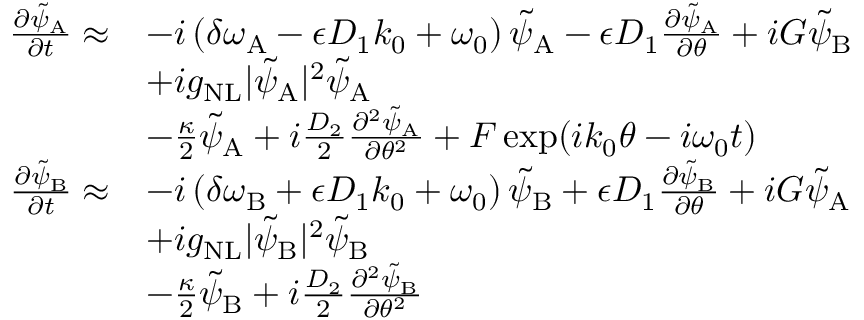
\begin{array} { r l } { \frac { \partial \tilde { \psi } _ { \mathrm { A } } } { \partial t } \approx } & { - i \left( \delta \omega _ { \mathrm { A } } - \epsilon D _ { 1 } k _ { 0 } + \omega _ { 0 } \right) \tilde { \psi } _ { \mathrm { A } } - \epsilon D _ { 1 } \frac { \partial \tilde { \psi } _ { \mathrm { A } } } { \partial \theta } + i G \tilde { \psi } _ { \mathrm { B } } } \\ & { + i g _ { \mathrm { N L } } \vert \tilde { \psi } _ { \mathrm { A } } \vert ^ { 2 } \tilde { \psi } _ { \mathrm { A } } } \\ & { - \frac { \kappa } { 2 } \tilde { \psi } _ { \mathrm { A } } + i \frac { D _ { 2 } } { 2 } \frac { \partial ^ { 2 } \tilde { \psi } _ { \mathrm { A } } } { \partial \theta ^ { 2 } } + F \exp ( i k _ { 0 } \theta - i \omega _ { 0 } t ) } \\ { \frac { \partial \tilde { \psi } _ { \mathrm { B } } } { \partial t } \approx } & { - i \left( \delta \omega _ { \mathrm { B } } + \epsilon D _ { 1 } k _ { 0 } + \omega _ { 0 } \right) \tilde { \psi } _ { \mathrm { B } } + \epsilon D _ { 1 } \frac { \partial \tilde { \psi } _ { \mathrm { B } } } { \partial \theta } + i G \tilde { \psi } _ { \mathrm { A } } } \\ & { + i g _ { \mathrm { N L } } \vert \tilde { \psi } _ { \mathrm { B } } \vert ^ { 2 } \tilde { \psi } _ { \mathrm { B } } } \\ & { - \frac { \kappa } { 2 } \tilde { \psi } _ { \mathrm { B } } + i \frac { D _ { 2 } } { 2 } \frac { \partial ^ { 2 } \tilde { \psi } _ { \mathrm { B } } } { \partial \theta ^ { 2 } } } \end{array}